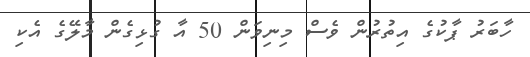
ހާބަރު ޕާކުގެ އިތުރުން ވެސް މިނިވަން 50 އާ ގުޅިގެން މާލޭގެ އެކި